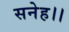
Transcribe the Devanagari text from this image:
सनेह।।